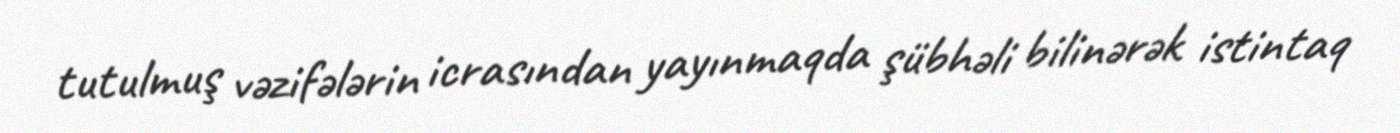
tutulmuş vəzifələrin icrasından yayınmaqda şübhəli bilinərək istintaq